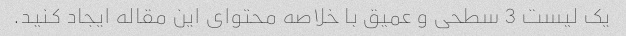
یک لیست 3 سطحی و عمیق با خلاصه محتوای این مقاله ایجاد کنید.